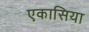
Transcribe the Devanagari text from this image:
एकासिया